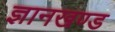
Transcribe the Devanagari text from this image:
ज्ञानखण्ड